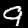
Label: 9